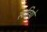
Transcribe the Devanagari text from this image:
स्टडियो